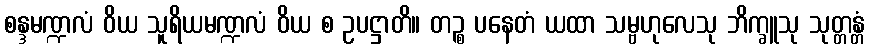
စန္ဒမဏ္ဍလံ ဝိယ သူရိယမဏ္ဍလံ ဝိယ စ ဥပဋ္ဌာတိ။ တဉ္စ ပနေတံ ယထာ သမ္ဗဟုလေသု ဘိက္ခူသု သုတ္တန္တံ